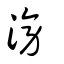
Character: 霶